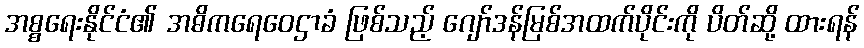
အစ္စရေးနိုင်ငံ၏ အဓိကရေဝေဌာခံ ဖြစ်သည့် ဂျော်ဒန်မြစ်အထက်ပိုင်းကို ပိတ်ဆို့ ထားရန်